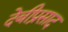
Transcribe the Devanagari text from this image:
देबीप्रसाद